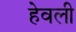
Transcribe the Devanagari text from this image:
हेवली